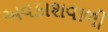
અવકાશવાળી